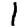
Digit: 1